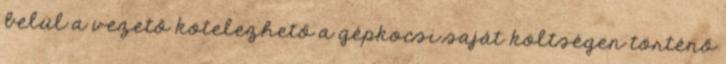
belül a vezető kötelezhető a gépkocsi saját költségen történő